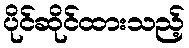
ပိုင်ဆိုင်ထားသည့်